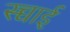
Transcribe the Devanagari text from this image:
स्च्चाई